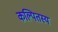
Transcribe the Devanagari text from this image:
कल्पितस्य